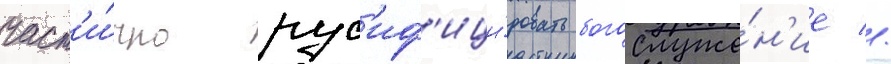
част'и́чно рус'иф'ици́ровать богослуже́н'ие //